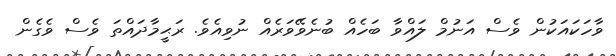
ވާހަކައަކުން ވެސް އަނުމް ލައްވާ ބަހެއް ބުނެވޭވަރެއް ނުވިއެވެ. ރަޙީމާދައްތަ ވެސް ވެގެން